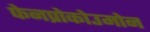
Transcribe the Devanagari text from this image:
फेनप्रोकोउमोन